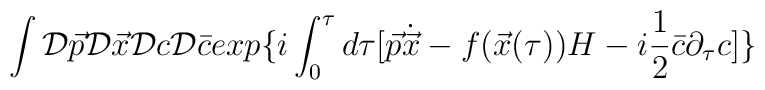
\int {\cal D}\vec{p}{\cal D}\vec{x}{\cal D}c{\cal D}\bar{c} exp\{ i\int_{0}^{\tau} d\tau [ \vec{p}\dot{\vec{x}} - f(\vec{x}(\tau))H  -  i\frac{1}{2}\bar{c}\partial_{\tau}c]\}